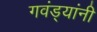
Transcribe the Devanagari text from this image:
गवंड्यांनी